Leaving Certificate Examination (including Day School Certificate (Higher) General paper), 1932
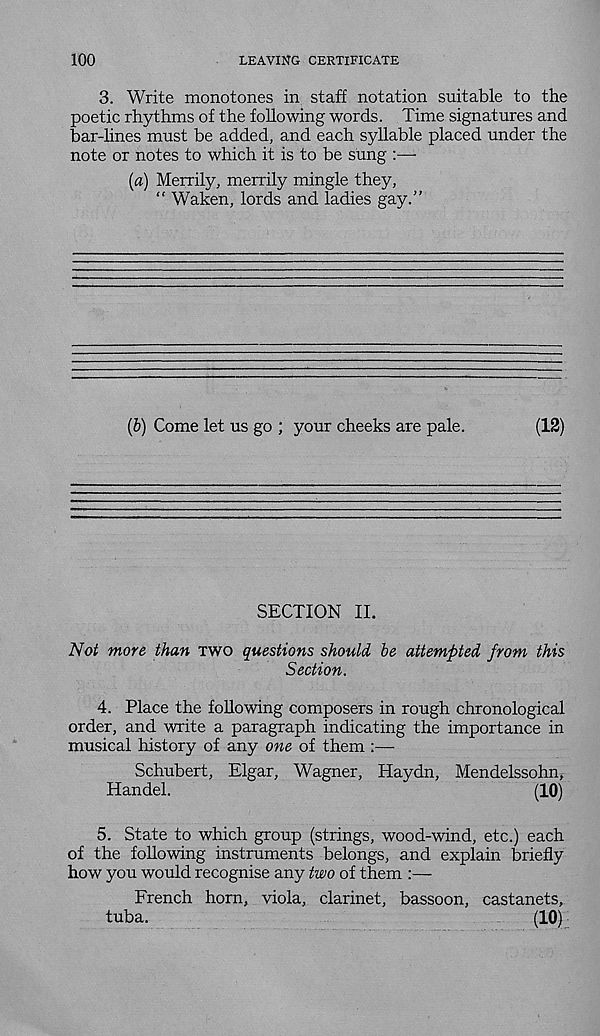
100
LEAVING CERTIFICATE
3. Write monotones in staff notation suitable to the
poetic rhythms of the following words. Time signatures and
bar-lines must be added, and each syllable placed under the
note or notes to which it is to be sung :—-
(a) Merrily, merrily mingle they,
“ Waken, lords and ladies gay.”
(b) Come let us go ; your cheeks are pale.
(12)
SECTION II.
Not more than two questions should, be attempted from this
Section.
4. Place the following composers in rough chronological
order, and write a paragraph indicating the importance in
musical history of any one of them :—
Schubert, Elgar, Wagner, Haydn, Mendelssohn,
Handel.
(10)
5. State to which group (strings, wood-wind, etc.) each
of the following instruments belongs, and explain briefly
how you would recognise any two of them :—
French horn, viola, clarinet, bassoon, castanets,
tuba.
(10)